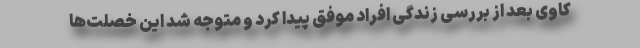
کاوی بعد از بررسی زندگی افراد موفق پیدا کرد و متوجه شد این خصلت‌‌ها